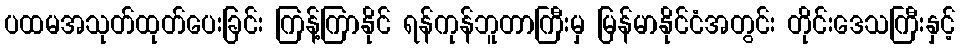
ပထမအသုတ်ထုတ်ပေးခြင်း ကြန့်ကြာနိုင် ရန်ကုန်ဘူတာကြီးမှ မြန်မာနိုင်ငံအတွင်း တိုင်းဒေသကြီးနှင့်